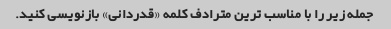
جمله زیر را با مناسب ترین مترادف کلمه «قدردانی» بازنویسی کنید.